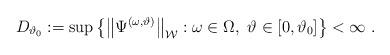
LaTeX: \begin{align*}D_{\vartheta _{0}}:=\sup \left\{ \left\Vert \Psi ^{(\omega ,\vartheta)}\right\Vert _{\mathcal{W}}:\omega \in \Omega ,\ \vartheta \in \lbrack0,\vartheta _{0}]\right\} <\infty \ . \end{align*}